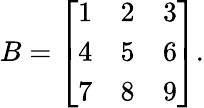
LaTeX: B={\left[\begin{array}{lll}{1}&{2}&{3}\\ {4}&{5}&{6}\\ {7}&{8}&{9}\end{array}\right]}.